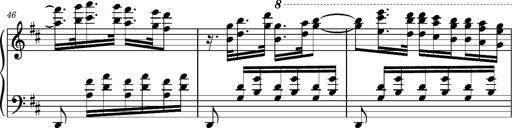
Title: Ungarischer Romanzero
Composer: Franz Liszt